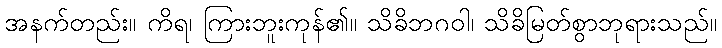
အနက်တည်း။ ကိရ၊ ကြားဘူးကုန်၏။ သိခိဘဂဝါ၊ သိခိမြတ်စွာဘုရားသည်။